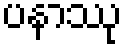
ပနာဿု